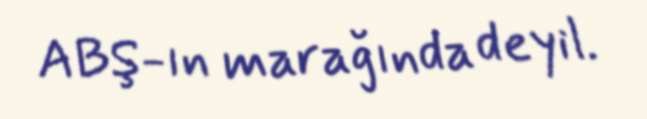
ABŞ-ın marağında deyil.